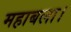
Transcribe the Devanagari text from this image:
महाबला।